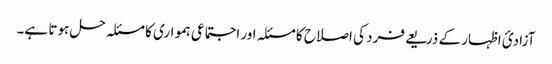
آزادئ اظہار کے ذریعے فرد کی اصلاح کا مسئلہ اور اجتماعی ہمواری کا مسئلہ حل ہوتا ہے۔